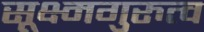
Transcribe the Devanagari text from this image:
सूक्ष्मगुरुत्व